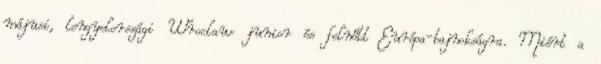
májusi, lengyelországi Wroclaw junior és felnőtt Európa-bajnokságra. Miért a